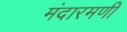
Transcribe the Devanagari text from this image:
मंदारमणी